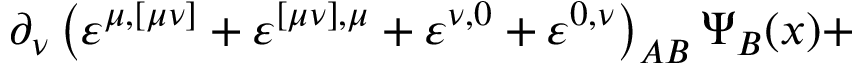
\partial _ { \nu } \left( \varepsilon ^ { \mu , [ \mu \nu ] } + \varepsilon ^ { [ \mu \nu ] , \mu } + \varepsilon ^ { \nu , 0 } + \varepsilon ^ { 0 , \nu } \right) _ { A B } \Psi _ { B } ( x ) +